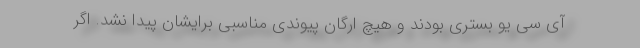
آی سی یو بستری بودند و هیچ ارگان پیوندی مناسبی برایشان پیدا نشد. اگر